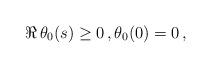
LaTeX: \begin{align*} \Re\, \theta_0 (s) \geq 0\,,\theta_0(0) =0\,,\end{align*}